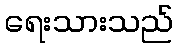
ရေးသားသည်